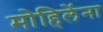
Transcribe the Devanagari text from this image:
मोहिलेंना